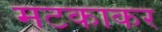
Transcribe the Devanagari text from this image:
मटकाकर